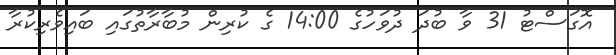
އޮގަސްޓު 31 ވާ ބުދަ ދުވަހުގެ 14:00 ގެ ކުރިން މުބާރާތުގައި ބައިވެރިކުރާ